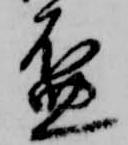
盃